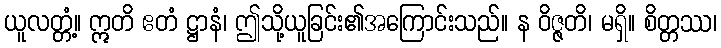
ယူလတ္တံ့။ ဣတိ ဧတံ ဋ္ဌာနံ၊ ဤသို့ယူခြင်း၏အကြောင်းသည်။ န ဝိဇ္ဇတိ၊ မရှိ။ စိတ္တဿ၊